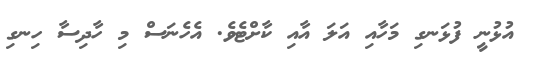
އުޅުނީ ފުޅަނގި މަހާއި އަލަ އާއި ކާށްޓެވެ. އެހެނަސް މި ހާދިސާ ހިނގި